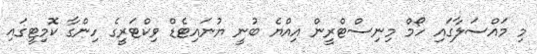
މި މައްސަލާގައި ހޯމް މިނިސްޓްރީން އިއްޔެ ބުނީ ޔުނައިޓެޑް ވިކްޓަރީގެ ހިންގާ ކޮމިޓީގައި